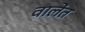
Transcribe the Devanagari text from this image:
वालेंत